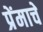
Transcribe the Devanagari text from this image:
प्रेंमाचे